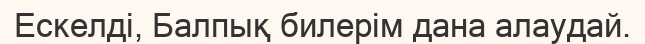
Ескелді, Балпық билерім дана алаудай.